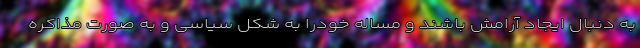
به دنبال ایجاد آرامش باشند و مساله خودرا به شکل سیاسی و به صورت مذاکره